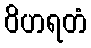
ဝိဟရတံ